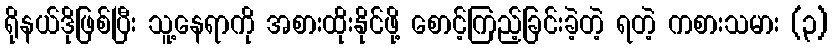
ရိုနယ်ဒိုဖြစ်ပြီး သူ့နေရာကို အစားထိုးနိုင်ဖို့ စောင့်ကြည့်ခြင်းခဲ့တဲ့ ရတဲ့ ကစားသမား (၃)